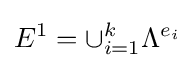
E^{1}=\cup _{i=1}^{k}\Lambda ^{e_{i}}